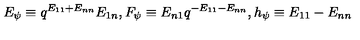
E _ { \psi } \equiv q ^ { E _ { 1 1 } + E _ { n n } } E _ { 1 n } , F _ { \psi } \equiv E _ { n 1 } q ^ { - E _ { 1 1 } - E _ { n n } } , h _ { \psi } \equiv E _ { 1 1 } - E _ { n n }